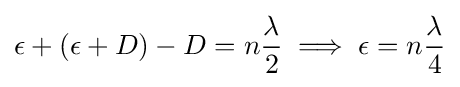
\epsilon +\left(\epsilon +D\right)-D=n{\frac {\lambda }{2}}\implies \epsilon =n{\frac {\lambda }{4}}